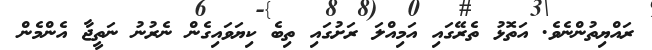
ރައްޔިތުންނެވެ. އަތޮޅު ތެރޭގައި އަމިއްލަ ރަށުގައި ތިބެ ކިޔަވައިގެން ނެރުނު ނަތީޖާ އެންމެން